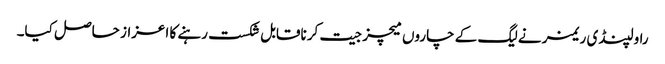
راولپنڈی ریمز نے لیگ کے چاروں میچز جیت کر ناقابل شکست رہنے کا اعزاز حاصل کیا۔